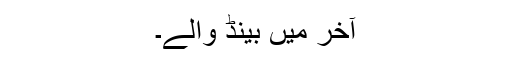
آخر میں بینڈ والے۔